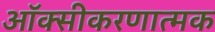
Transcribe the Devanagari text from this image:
ऑक्सीकरणात्मक